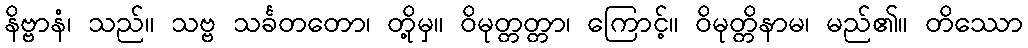
နိဗ္ဗာနံ၊ သည်။ သဗ္ဗ သင်္ခတတော၊ တို့မှ။ ဝိမုတ္တတ္တာ၊ ကြောင့်။ ဝိမုတ္တိနာမ၊ မည်၏။ တိဿော